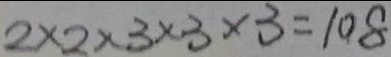
2 \times 2 \times 3 \times 3 \times 3 = 1 0 8